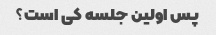
پس اولین جلسه کی است؟